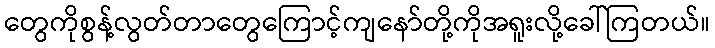
တွေကိုစွန့်လွတ်တာတွေကြောင့်ကျနော်တို့ကိုအရူးလို့ခေါ်ကြတယ်။